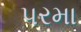
પરમા